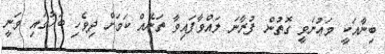
ބިނާއަކީ މަޢުނަވީ ގޮތުން ފުރާނަ ލައްވާފައިވާ ތަނެއް ކަމަށް ދިވެހި ބަހުގައި ވަނީ